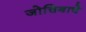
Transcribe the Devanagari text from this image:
जोचिबाचे